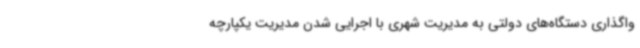
واگذاری دستگاه‌های دولتی به مدیریت شهری با اجرایی شدن مدیریت یکپارچه